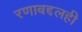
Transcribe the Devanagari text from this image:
रणाबद्दलही